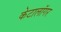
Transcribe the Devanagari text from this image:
केटालॉगर